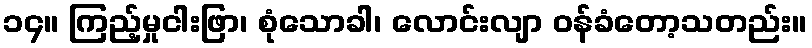
၁၄။ ကြည့်မှုငါးဖြာ၊ စုံသောခါ၊ လောင်းလျာ ဝန်ခံတော့သတည်း။